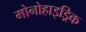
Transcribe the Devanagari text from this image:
मोनोहाइड्रिक